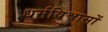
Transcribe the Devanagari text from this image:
धर्मविश्वासों